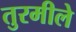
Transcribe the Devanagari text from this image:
तुरमीले